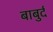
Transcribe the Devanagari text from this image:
बाबुर्द